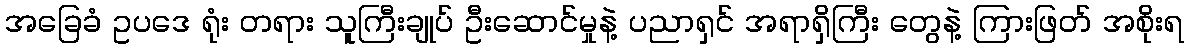
အခြေခံ ဥပဒေ ရုံး တရား သူကြီးချုပ် ဦးဆောင်မှုနဲ့ ပညာရှင် အရာရှိကြီး တွေနဲ့ ကြားဖြတ် အစိုးရ